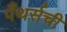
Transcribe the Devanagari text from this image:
पँथर्सची